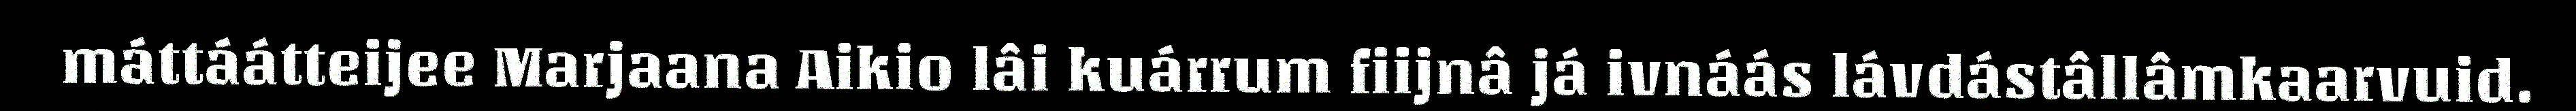
máttáátteijee Marjaana Aikio lâi kuárrum fiijnâ já ivnáás lávdástâllâmkaarvuid.